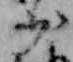
少